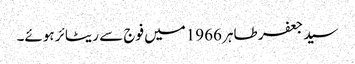
سید جعفر طاہر 1966میں فوج سے ریٹائر ہوئے۔